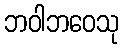
ဘဝါဘဝေသု